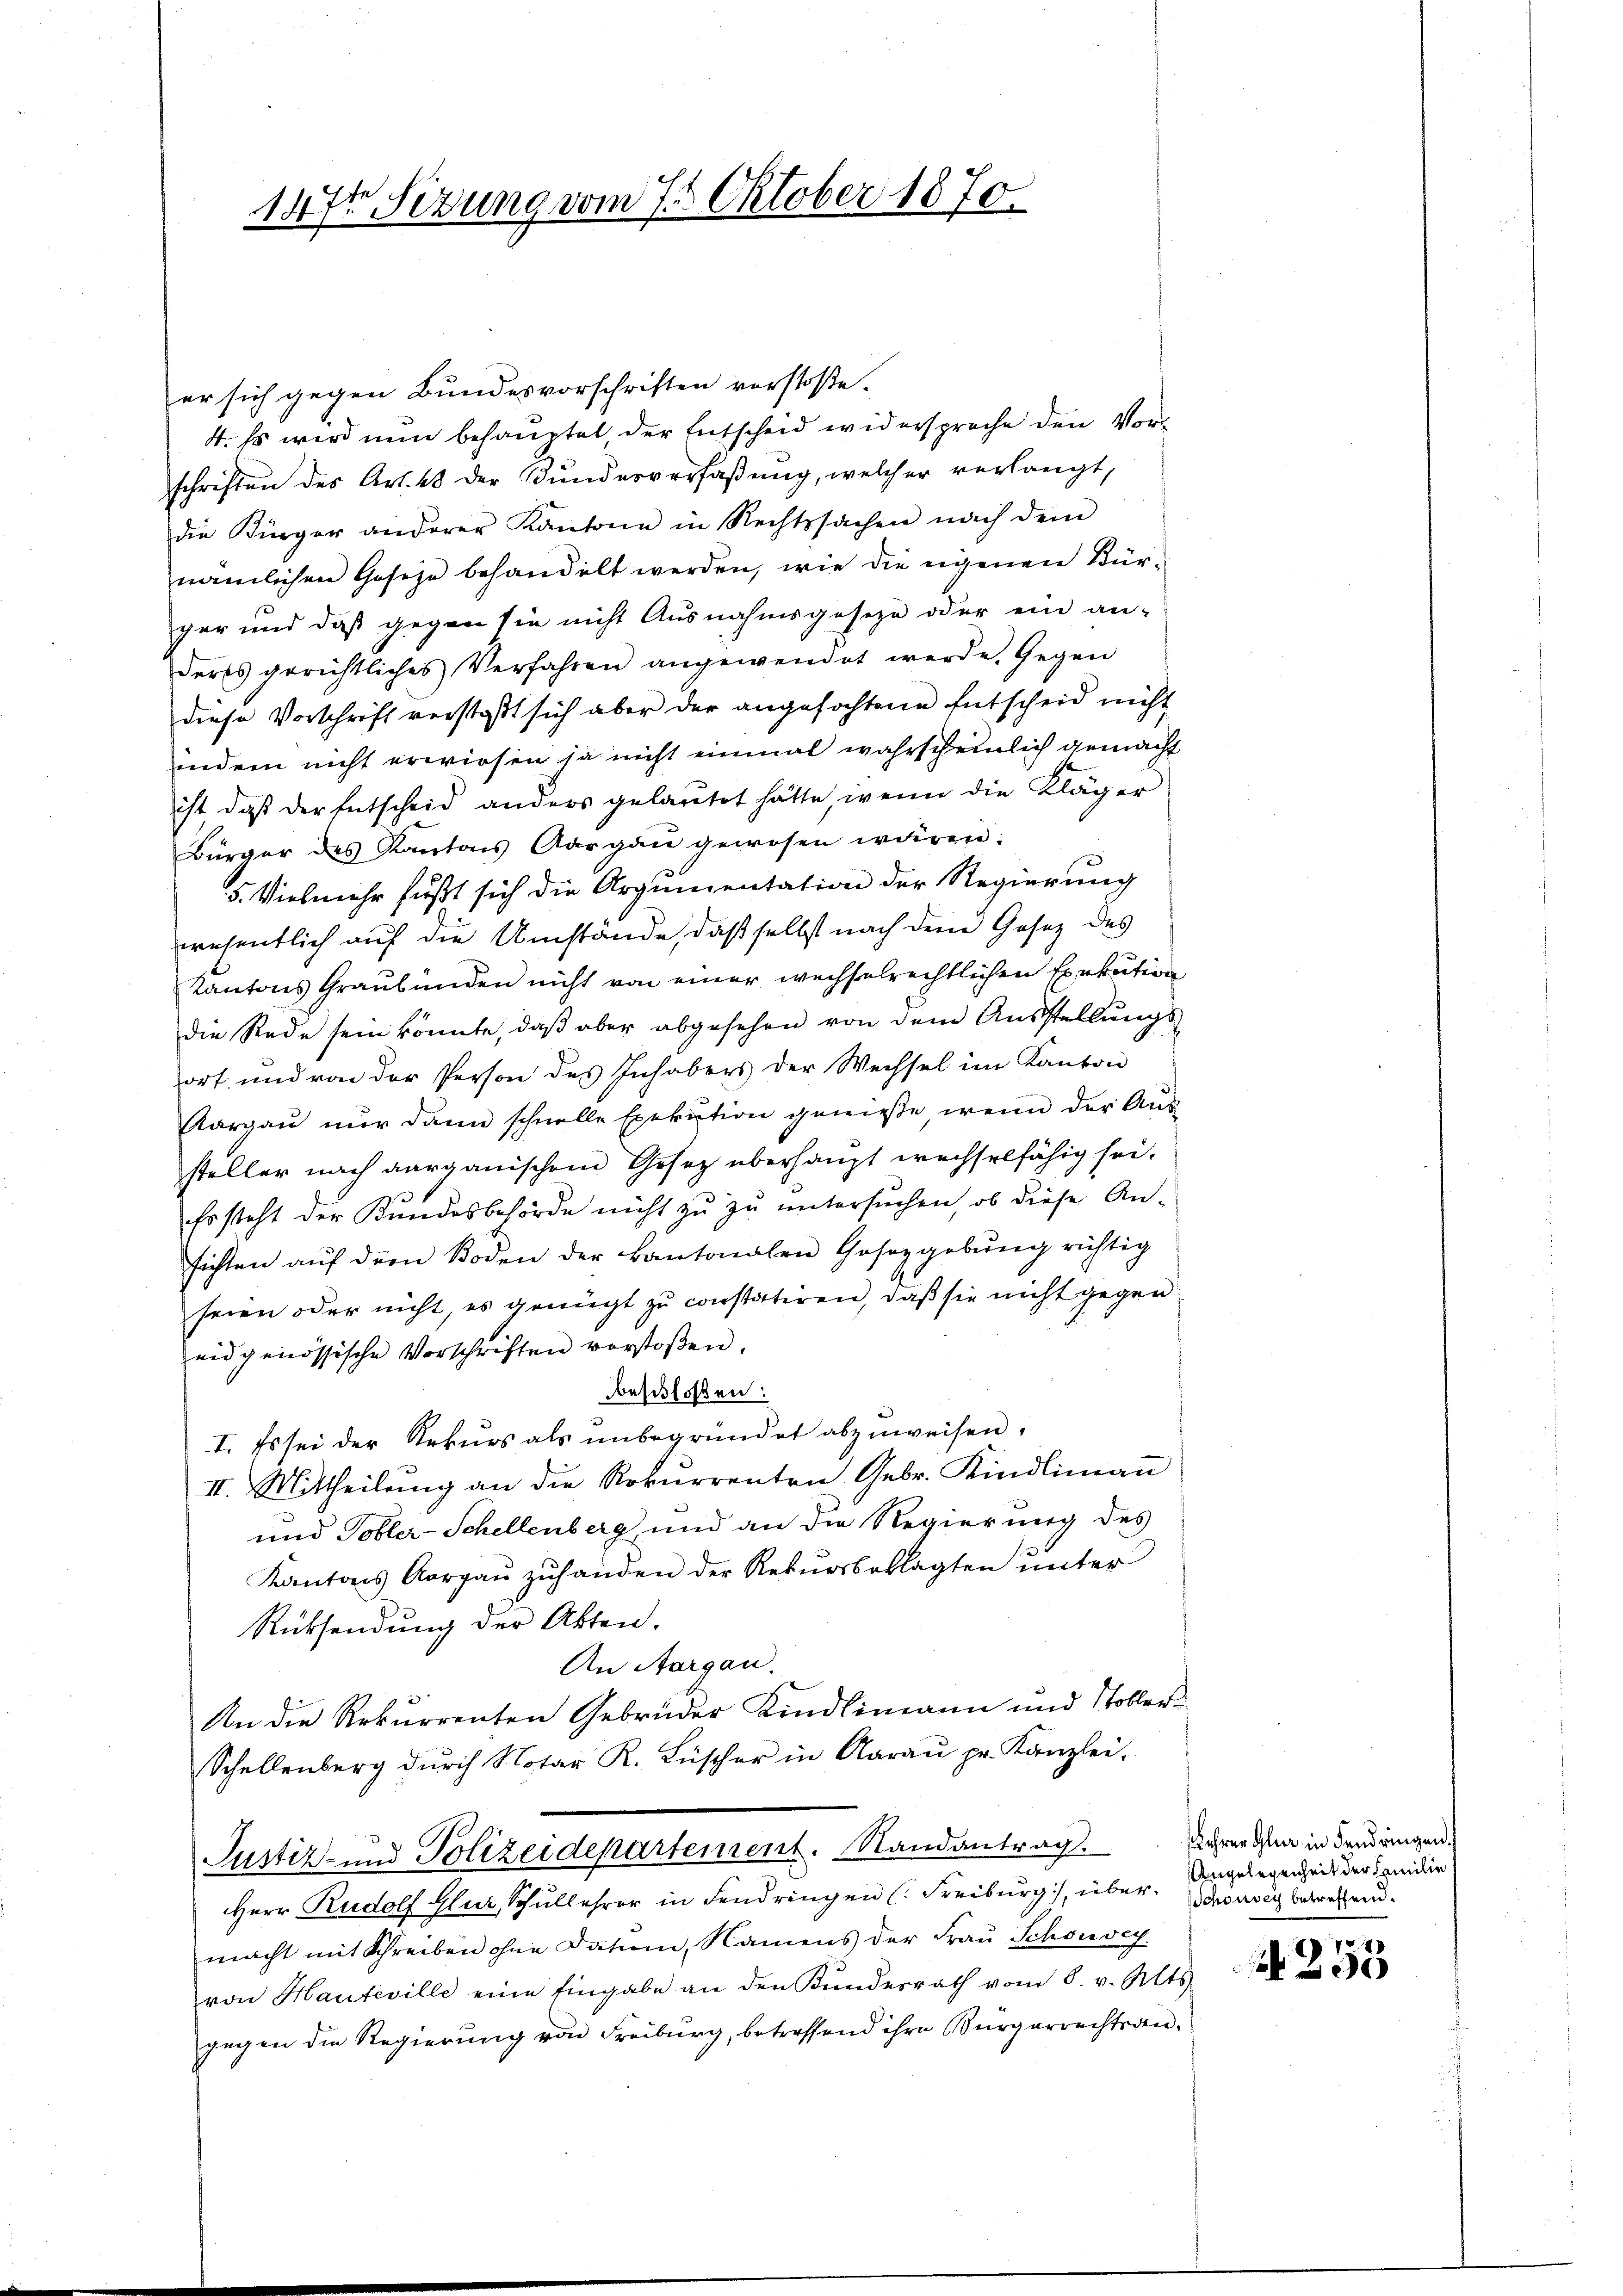
147t Firung vom 7. Oktober 1870.

er sich gegen Bundesvorschriften vorstoße.
4. Es wird nun behauptet der Entscheid widersproche den Vorschriften des Art. 48 der Bundesverfaßung, welcher verlangt,
die Künger anderer Kantone in Rechtssachen nach dem
nämlichen Gesetze behandelt werden, wie die eigenen Bür-
ger und daß gegen sie nicht Ausnahmsgeseze oder ein an-
deres gerichtliches Verfahren angewendet werde. Gegen
diese Vorschrift verstat sich aber der angefochtene Entscheid nicht
indem nicht erwiesen ja nicht einmal wahrscheinlich gemacht
ist daß der Entscheid anders gelautet hätte, wenn die Kläger
Bürger des Kantons Aargau gewesen wären:
5. Vielmehr fußt sich die Argumentation der Regierung
wesentlich auf die Umstände, daß selbst nach den Gesetz des
Kantons Graubünden nicht von einer wechselrechtlichen Exekution
die Rede sein könnte, daß aber abgesehen von dem Ausstellŭngs-
ort, und von der Person des Inhabers der Wechsel im Kanton
Aargau nur dann schnelle Exekution genieße, wenn der Aus-
steller nach aargauischem Gesetz überhaupt wechselfähig sei.
Es steht der Bundesbehörde nicht zu zu untersuchen, ob diese An-
sichten aŭf dem Boden der kantonalen Gesetzgebŭng richtig
seien oder nicht, es genügt zu constatiren, daß sie nicht gegen
eidgenössische Vorschriften verstoßen.
beschloßen:
I. Es sei der Rekurs als unbegründet abzuweisen.
II. Mittheilŭng an die Rekurrenten Gebr. Kindlimaṅ
und Tobler-Schellenberg, und an die Regierung des
Kantons Aargaŭ zŭhanden der Rekursbeklagten unter
Rücksendung der Akten.
An Aargau.
An die Rekurrenten Gebrüder Kindlimann und Tobler
Schellenberg durch Notar K. Lüscher in Aarau pr. Kanzlei.
Justiz- und Polizeidepartement. Randantrag.
Herr Rudolf Gluz, Schullehrer in Fendringen (Freiburg, über. Angelegenheit der sanidir
macht mit Schreiben ohne dation, Namens der Frau Schönvey
von Hauteville eine Eingabe an den Kundesrath vom 8. v. Mts.
gegen die Regierung von Freiburg, betreffend ihre Bürgerrechtsan¬

Lehrer Gler in Landringen.
Schon sey betreffend.

A 253